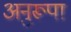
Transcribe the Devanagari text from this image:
अनुरूपा